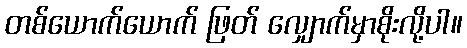
တစ်ယောက်ယောက် ဖြတ် လျှောက်မှာစိုးလို့ပါ။